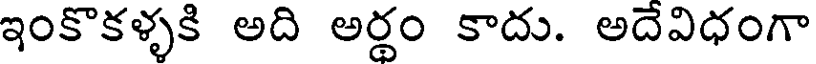
ఇంకొకళ్ళకి అది అర్థం కాదు. అదేవిధంగా